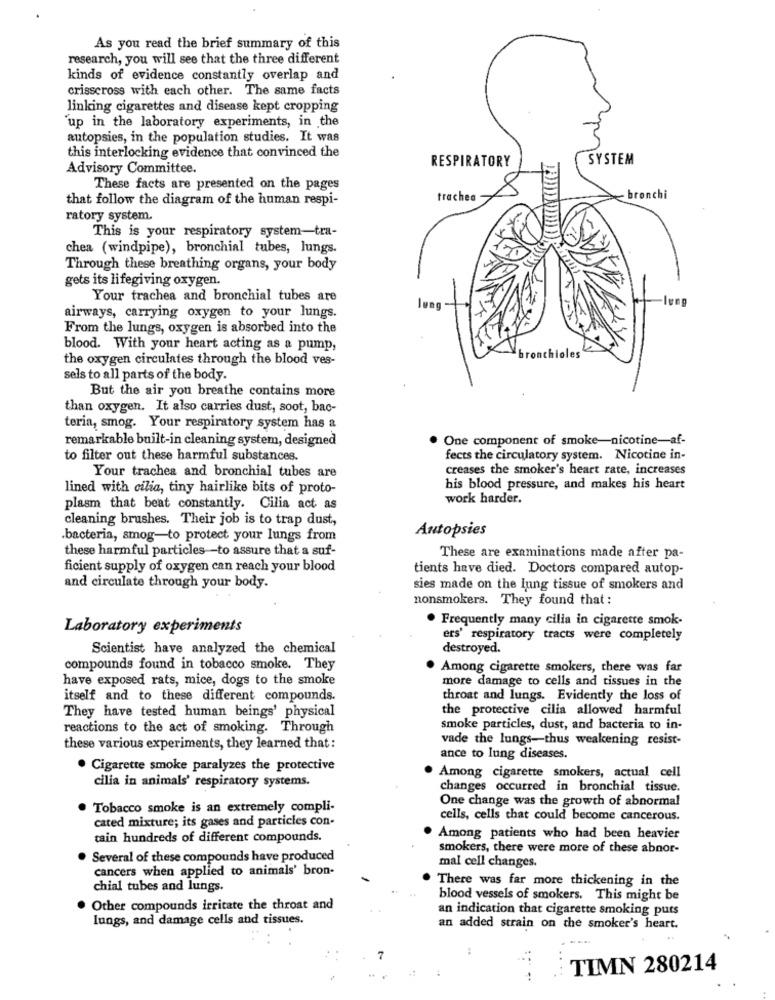
As you read the brief summary of this
research, you will see that the three different
kinds of evidence constantly overlap and
crisscross with each other. The same facts
linking cigarettes and disease kept cropping
up in the laboratory experiments, in the
autopsies, in the population studies. It was
this interlocking evidence that convinced the
RESPIRATORY
SYSTEM
Advisory Committee.
These facts are presented on the pages
that follow the diagram of the human respi-
trachea
bronchi
ratory system.
This is your respiratory system-tra-
chea (windpipe), bronchial tubes, lungs.
Through these breathing organs, your body
gets its lifegiving oxygen.
Your trachea and bronchial tubes are
airways, carrying oxygen to your lungs.
-long
From the lungs, oxygen is absorbed into the
blood. With your heart acting as a pump,
iloles
the oxygen circulates through the blood ves-
sels to all parts of the body.
But the air you breathe contains more
than oxygen. It also carries dust, soot, bac-
teria, smog. Your respiratory system has a
remarkable built-in cleaning system, designed
One component of smoke-nicotine-af-
to filter out these harmful substances.
fects the circulatory system. Nicotine in-
Your trachea and bronchial tubes are
creases the smoker's heart rate, increases
lined with cilia, tiny hairlike bits of proto-
his blood pressure, and makes his heart
work harder.
plasm that beat constantly. Cilia act as
cleaning brushes. Their job is to trap dust,
Autopsies
bacteria, smog-to protect your lungs from
these harmful particles-to assure that a suf-
These are examinations made after pa-
ficient supply of oxygen can reach your blood
tients have died. Doctors compared autop-
and circulate through your body.
sies made on the lung tissue of smokers and
nonsmokers. They found that :
· Frequently many cilia in cigarette smok-
Laboratory experiments
ers' respiratory tracts were completely
Scientist have analyzed the chemical
destroyed.
compounds found in tobacco smoke. They
Among cigarette smokers, there was far
have exposed rats, mice, dogs to the smoke
more damage to cells and tissues in the
itself and to these different compounds.
throat and lungs. Evidently the loss of
They have tested human beings' physical
the protective cilia allowed harmful
reactions to the act of smoking. Through
smoke particles, dust, and bacteria to in-
vade the lungs-thus weakening resist-
these various experiments, they learned that :
ance to lung diseases.
Cigarette smoke paralyzes the protective
Among cigarette smokers, actual cell
cilia in animals' respiratory systems.
changes occurred in bronchial tissue.
One change was the growth of abnormal
Tobacco smoke is an extremely compli-
cated mixture; its gases and particles con-
cells, cells that could become cancerous.
tain hundreds of different compounds.
Among patients who had been heavier
smokers, there were more of these abnor-
Several of these compounds have produced
cancers when applied to animals' bron-
mal cell changes.
There was far more thickening in the
chial tubes and lungs.
blood vessels of smokers. This might be
Other compounds irritate the throat and
an indication that cigarette smoking puts
lungs, and damage cells and tissues.
an added strain on the smoker's heart.
TIMN 280214